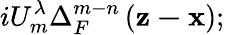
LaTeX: iU_{m}^{\lambda}\Delta_{F}^{m-n}\left(\mathbf{z-x}\right);